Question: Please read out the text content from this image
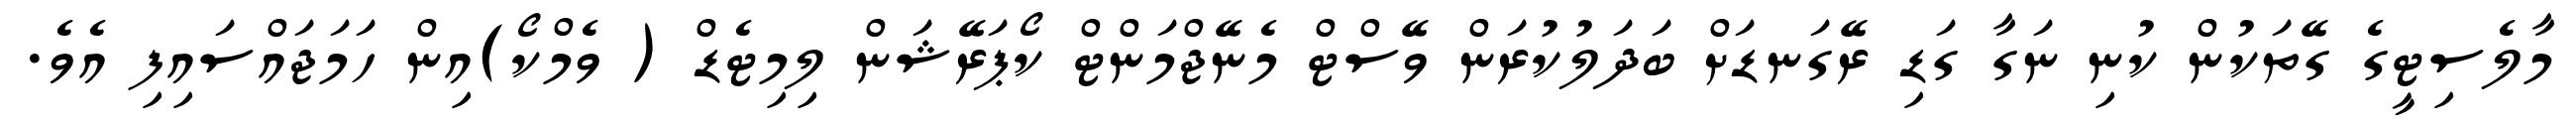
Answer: މާލެސިޓީގެ ގޭތަކުން ކުނި ނަގާ ގަޑި ރޭގަނޑަށް ބަދަލުކުރަން ވޭސްޓް މެނޭޖްމަންޓް ކޯޕަރޭޝަން ލިމިޓެޑް ( ވެމްކޯ)އިން ހަމަޖައްސައިފި އެވެ.